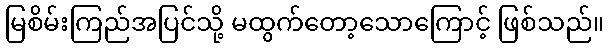
မြစိမ်းကြည်အပြင်သို့ မထွက်တော့သောကြောင့် ဖြစ်သည်။